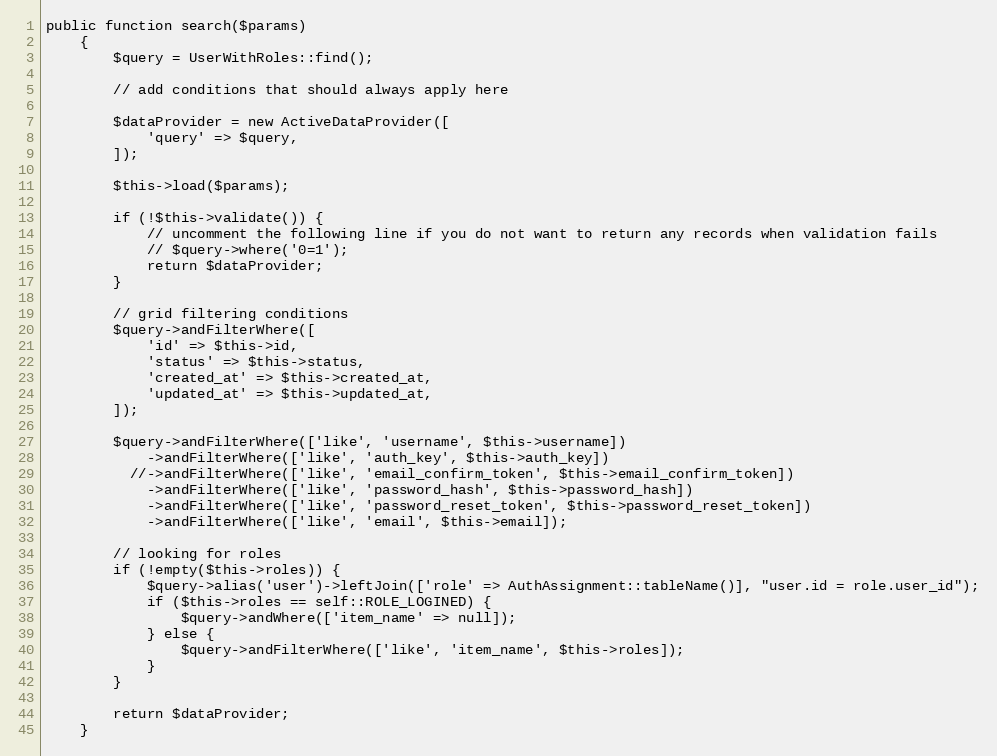
Language: PHP
public function search($params)
    {
        $query = UserWithRoles::find();

        // add conditions that should always apply here

        $dataProvider = new ActiveDataProvider([
            'query' => $query,
        ]);

        $this->load($params);

        if (!$this->validate()) {
            // uncomment the following line if you do not want to return any records when validation fails
            // $query->where('0=1');
            return $dataProvider;
        }

        // grid filtering conditions
        $query->andFilterWhere([
            'id' => $this->id,
            'status' => $this->status,
            'created_at' => $this->created_at,
            'updated_at' => $this->updated_at,
        ]);

        $query->andFilterWhere(['like', 'username', $this->username])
            ->andFilterWhere(['like', 'auth_key', $this->auth_key])
          //->andFilterWhere(['like', 'email_confirm_token', $this->email_confirm_token])
            ->andFilterWhere(['like', 'password_hash', $this->password_hash])
            ->andFilterWhere(['like', 'password_reset_token', $this->password_reset_token])
            ->andFilterWhere(['like', 'email', $this->email]);

        // looking for roles
        if (!empty($this->roles)) {
            $query->alias('user')->leftJoin(['role' => AuthAssignment::tableName()], "user.id = role.user_id");
            if ($this->roles == self::ROLE_LOGINED) {
                $query->andWhere(['item_name' => null]);
            } else {
                $query->andFilterWhere(['like', 'item_name', $this->roles]);
            }
        }

        return $dataProvider;
    }